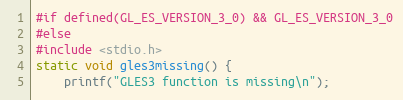
Language: C
#if defined(GL_ES_VERSION_3_0) && GL_ES_VERSION_3_0
#else
#include <stdio.h>
static void gles3missing() {
	printf("GLES3 function is missing\n");